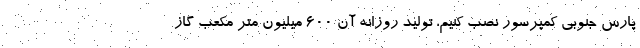
پارس جنوبی کمپرسور نصب کنیم، تولید روزانه آن ۶۰۰ میلیون متر مکعب گاز